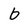
Character: b